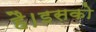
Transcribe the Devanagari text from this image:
है।इसको